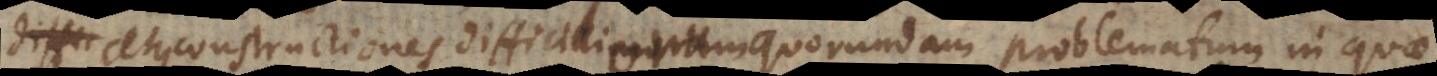
atque constructiones difficillimorum quorundam problematum, in quae